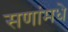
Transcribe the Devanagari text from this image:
सणांमधे